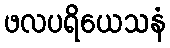
ဖလပရိယေသနံ